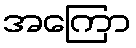
အကြော